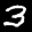
Label: 3